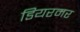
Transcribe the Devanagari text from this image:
डियरमर